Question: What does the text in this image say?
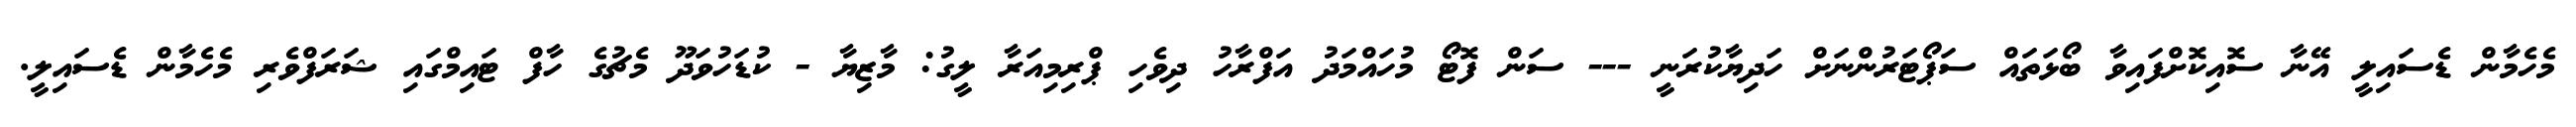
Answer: މެހެމާން ޑެސައިލީ އޭނާ ސޮއިކޮށްފައިވާ ބޯޅަތައް ސަޕޯޓަރުންނަށް ހަދިޔާކުރަނީ --- ސަން ފޮޓޯ މުހައްމަދު އަފްރާހު ދިވެހި ޕްރިމިއަރާ ލީގު: މާޒިޔާ - ކުޑަހުވަދޫ މެޗުގެ ހާފް ޓައިމްގައި ޝަރަފްވެރި މެހެމާން ޑެސައިލީ.